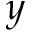
y